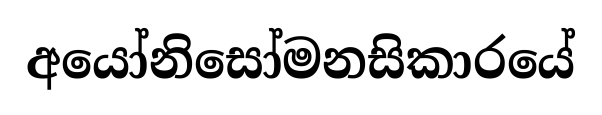
අයෝනිසෝමනසිකාරයේ